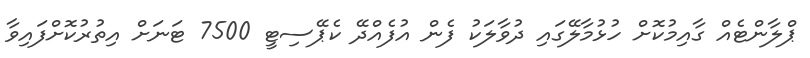
ޕްލާންޓެއް ގާއިމުކޮށް ހުޅުމާލޭގައި ދުވާލަކު ފެން އުފެއްދޭ ކެޕޭސިޓީ 7500 ޓަނަށް އިތުރުކޮށްފައިވާ